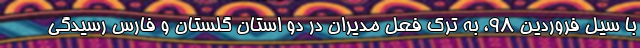
با سیل فروردین 98، به ترک فعل مدیران در دو استان گلستان و فارس رسیدگی